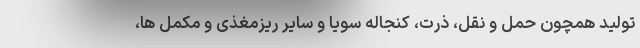
تولید همچون حمل و نقل، ذرت، کنجاله سویا و سایر ریزمغذی و مکمل ها،